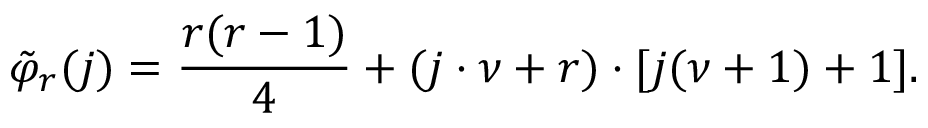
\tilde { \varphi } _ { r } ( j ) = \frac { r ( r - 1 ) } { 4 } + ( j \cdot \nu + r ) \cdot [ j ( \nu + 1 ) + 1 ] .